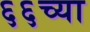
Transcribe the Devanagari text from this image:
६६च्या